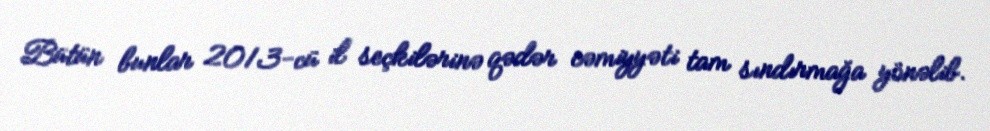
Bütün bunlar 2013-cü il seçkilərinə qədər cəmiyyəti tam sındırmağa yönəlib.